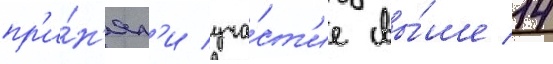
пр'и́н'ял'и уча́ст'ие свы́ше 14